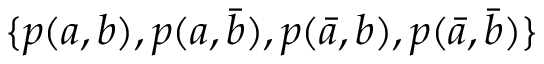
\{ p ( a , b ) , p ( a , \bar { b } ) , p ( \bar { a } , b ) , p ( \bar { a } , \bar { b } ) \}